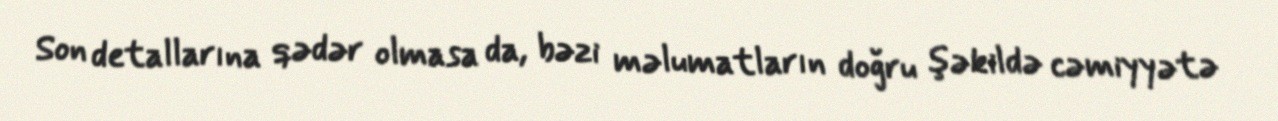
Son detallarına qədər olmasa da, bəzi məlumatların doğru şəkildə cəmiyyətə